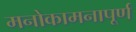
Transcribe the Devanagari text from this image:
मनोकामनापूर्ण